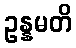
ဥန္နမတိ